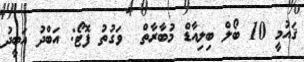
ޤައުމީ 10 ބޯލް ބިލިއާޑް މުބާރާތް  ވަގުތު ފޮޓޯ: އަބްދު އަބީދު